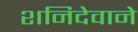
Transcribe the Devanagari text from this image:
शनिदेवाने